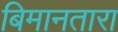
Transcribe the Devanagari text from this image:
बिमानतारा